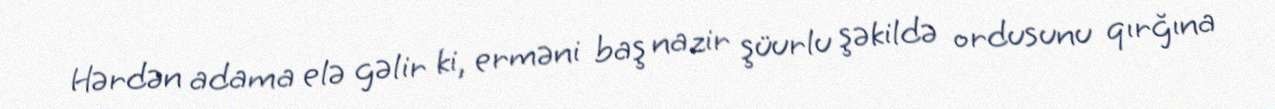
Hərdən adama elə gəlir ki, erməni baş nazir şüurlu şəkildə ordusunu qırğına